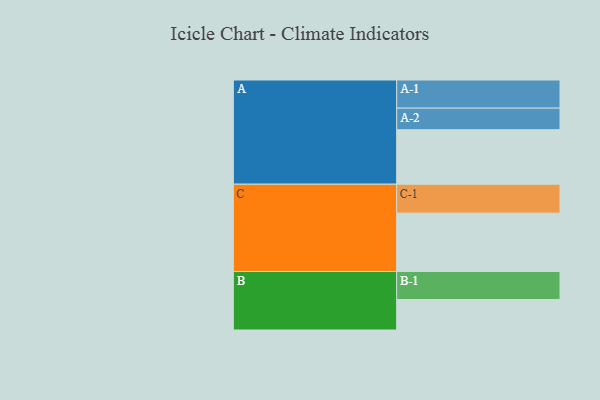
{"axis": {"x": "Segment", "y": "Value"}, "legend": ["", "A", "B", "C"], "data": [{"x": "A", "y": 556, "type": ""}, {"x": "B", "y": 311, "type": ""}, {"x": "C", "y": 595, "type": ""}, {"x": "A-1", "y": 287, "type": "A"}, {"x": "A-2", "y": 220, "type": "A"}, {"x": "B-1", "y": 286, "type": "B"}, {"x": "C-1", "y": 295, "type": "C"}]}